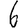
Digit: 6